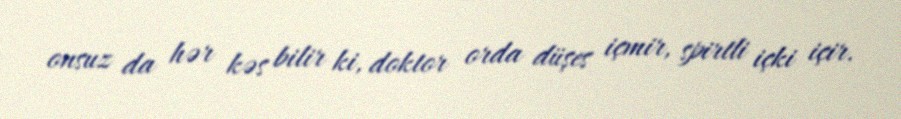
onsuz da hər kəs bilir ki, doktor orda düşes içmir, spirtli içki içir.